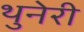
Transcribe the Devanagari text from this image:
थुनेरी